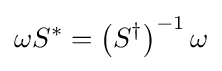
\omega S^{*}=\left(S^{\dagger }\right)^{-1}\omega